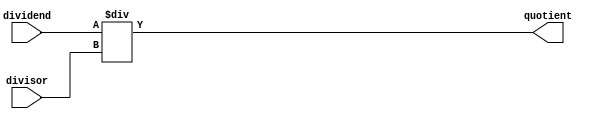
module fixed_point_divider (
    input [31:0] dividend,
    input [31:0] divisor,
    output reg [31:0] quotient
);

reg [31:0] remainder;

always @(*) begin
    quotient = dividend / divisor;
end

endmodule